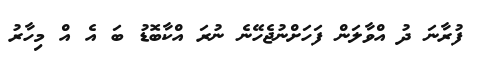
ފުރާނަ ދު އްވާލަން ފަހަށްނުޖެހޭނެ ނުރަ އްކާބޮޑު ބަ އެ އް މިހާރު